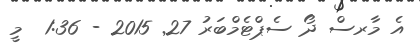
އެ މާރސް ދޯ ސެޕްޓެމްބަރު 27